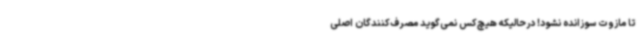
تا مازوت سوزانده نشود! درحالیکه هیچ‌کس نمی‌گوید مصرف‌کنندگان اصلی